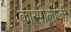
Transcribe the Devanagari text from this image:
कास्मोलॉजी